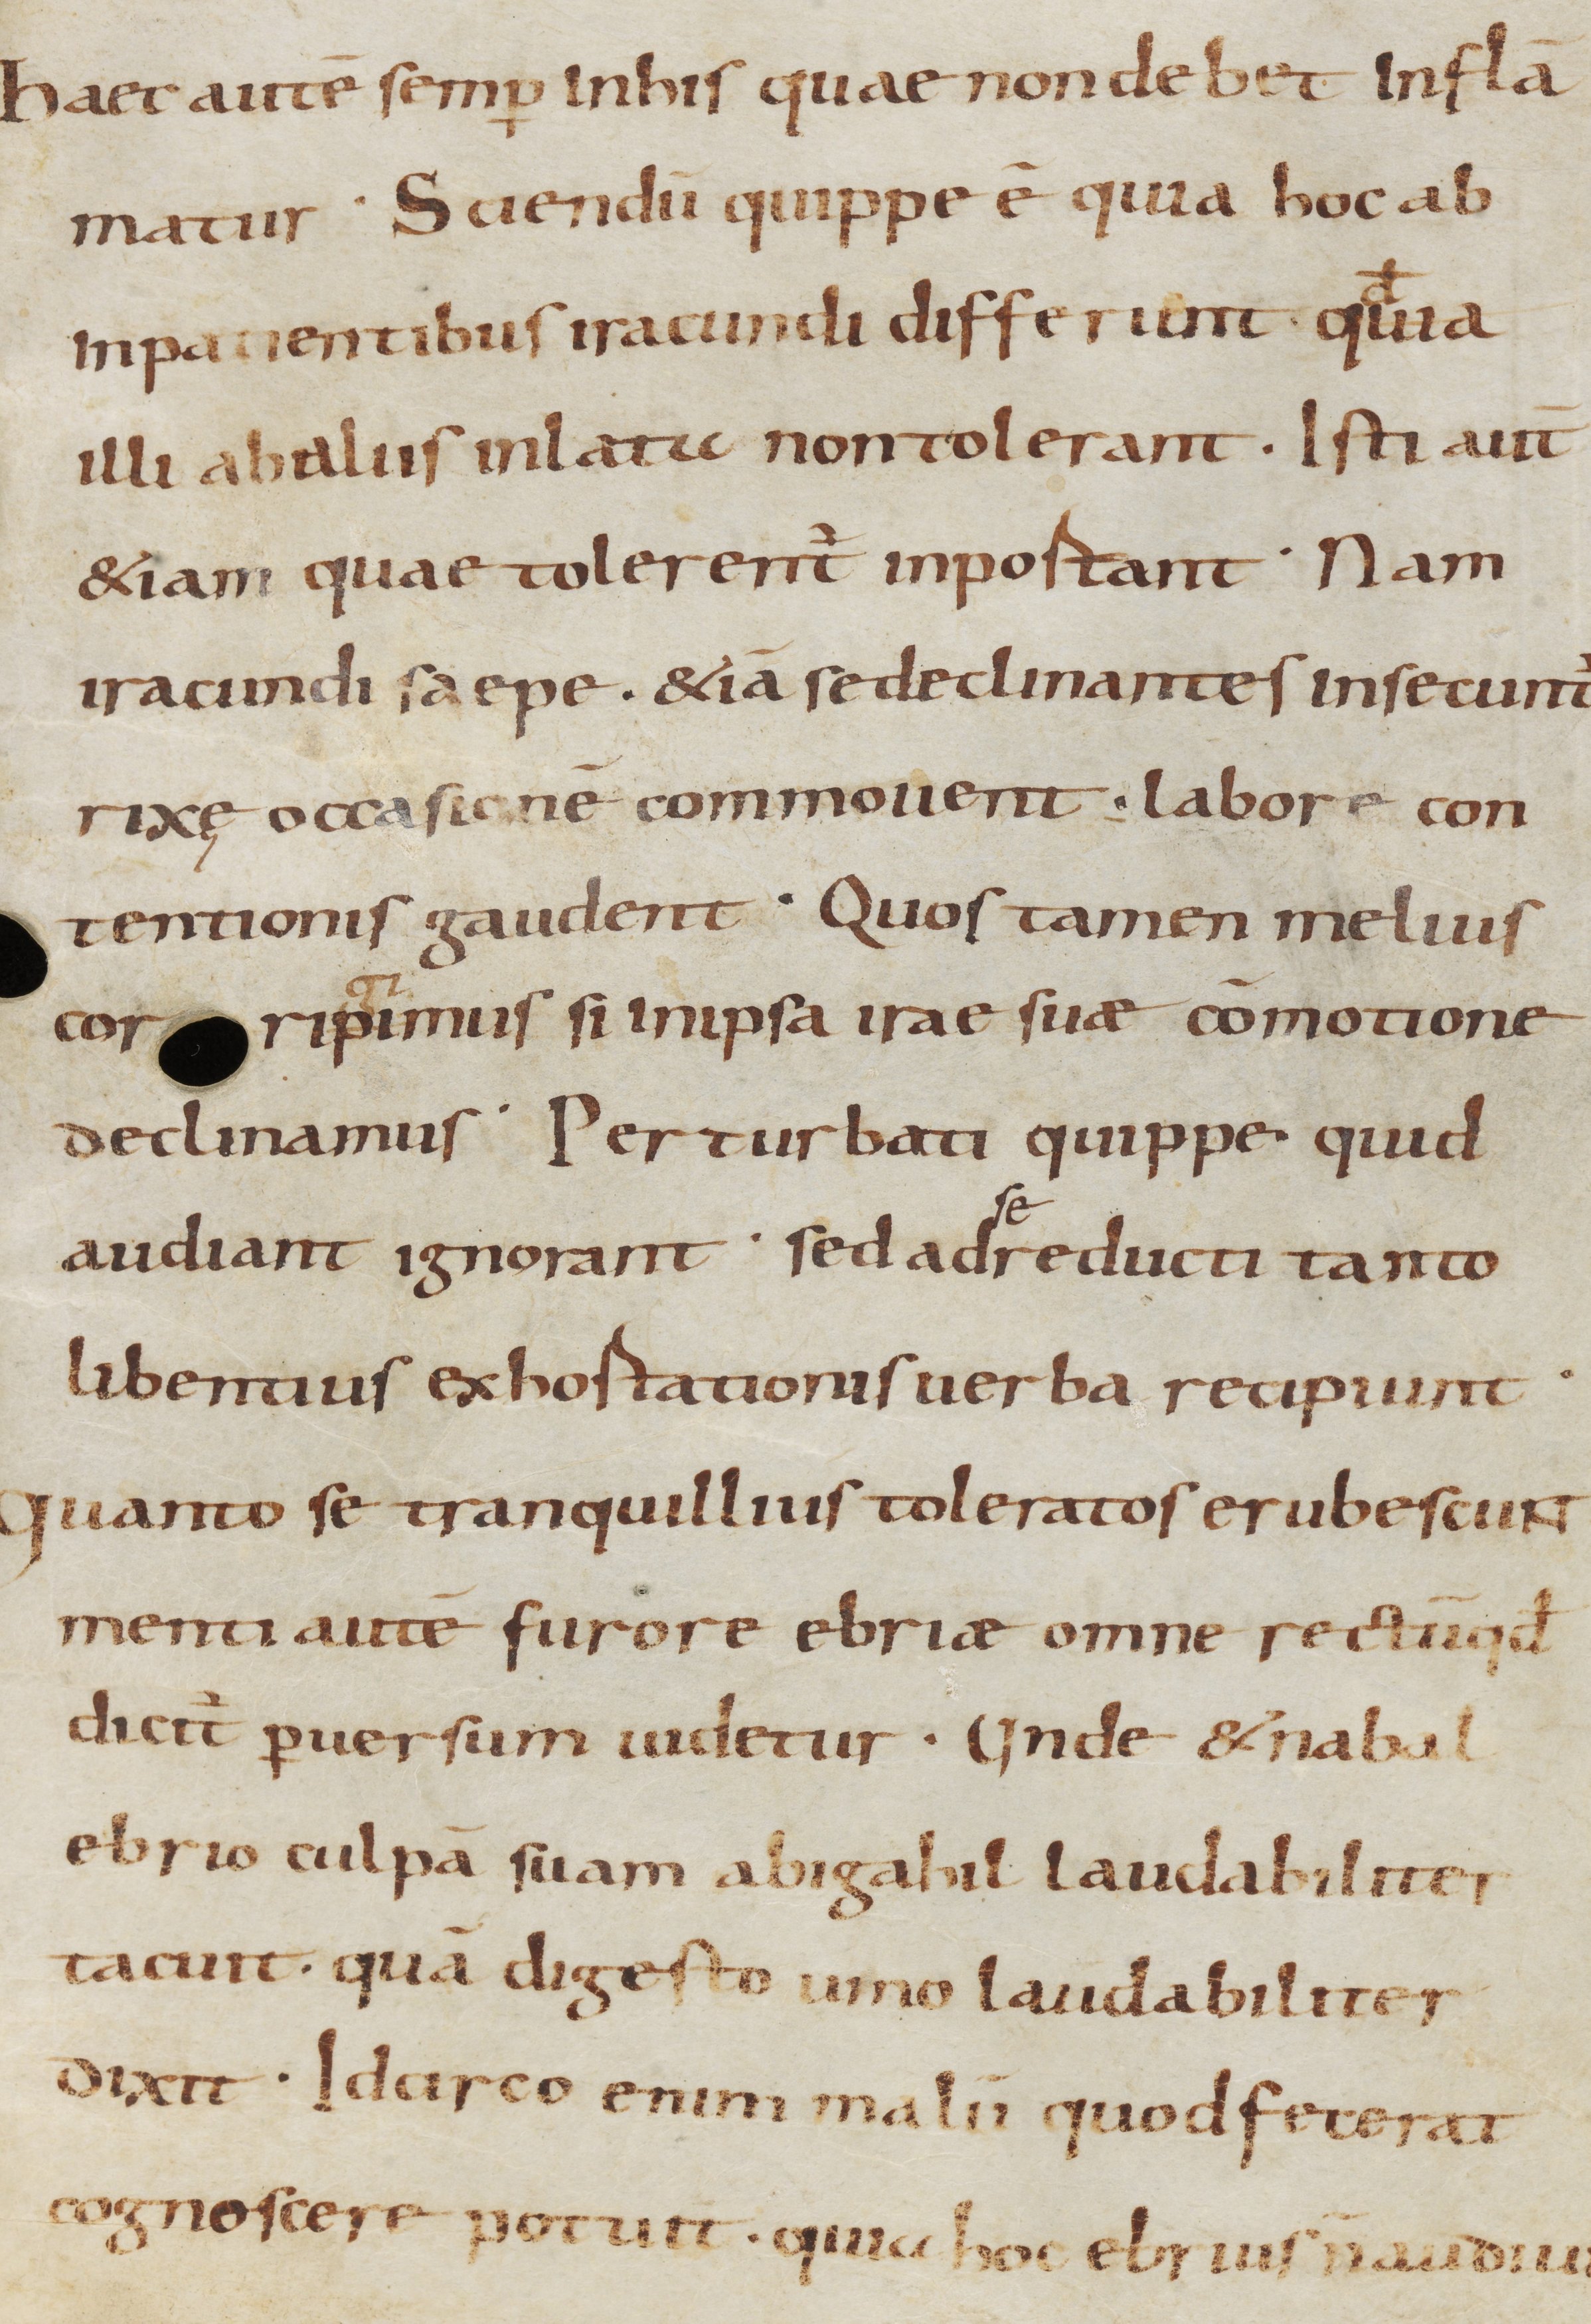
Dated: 900–999